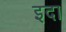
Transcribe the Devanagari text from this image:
इदा